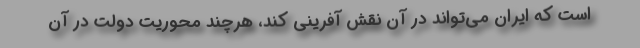
است که ایران می‌تواند در آن نقش آفرینی کند، هرچند محوریت دولت در آن